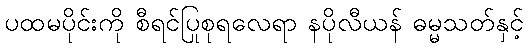
ပထမပိုင်းကို စီရင်ပြုစုရလေရာ နပိုလီယန် ဓမ္မသတ်နှင့်